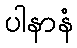
ပါနာနံ